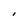
Character: I